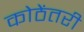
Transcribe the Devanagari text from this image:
कोठेंतरी